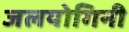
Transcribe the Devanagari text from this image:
जलयोगिनी